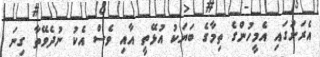
އެރަށުގައި އެމީހުންގެ ތިމާގެ ބަޔަކު އުޅޭތީ އާއި ވެސް އެކު ނުދެވޭތާ ގިނަ